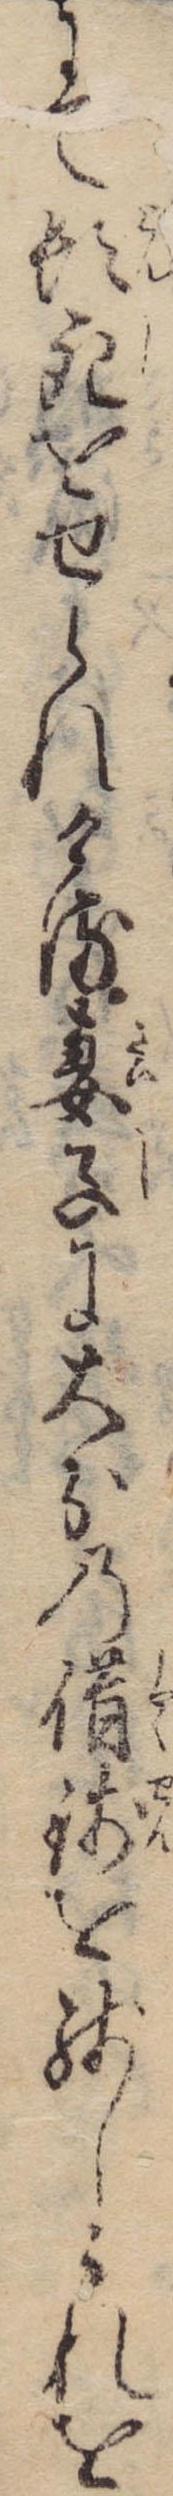
にて頓死をせられける妻子に大分の借銭を残しこれを